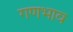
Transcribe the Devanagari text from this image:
गणभाव